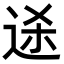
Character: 𬨥